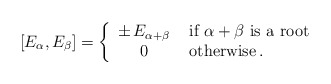
\begin{align*}[E_\alpha,E_\beta]=\left\{\begin{array}{cl}\pm \, E_{\alpha+\beta}&\mbox{ if $\alpha+\beta$ is a root} \\0& \mbox{ otherwise}\, .\end{array}\right.\end{align*}